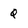
Character: q